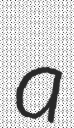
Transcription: a